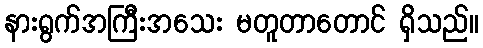
နားရွက်အကြီးအသေး မတူတာတောင် ရှိသည်။